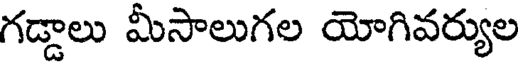
గడ్డాలు మీసాలుగల యోగివర్యుల